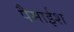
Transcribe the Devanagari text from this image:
पैमाईश